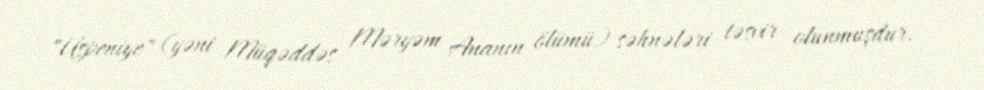
"Uspeniye" (yəni Müqəddəs Məryəm Ananın ölümü) səhnələri təsvir olunmuşdur.